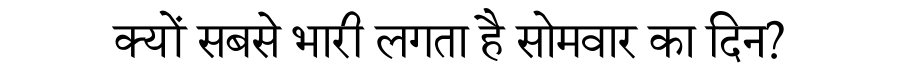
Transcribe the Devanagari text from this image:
क्यों सबसे भारी लगता है सोमवार का दिन?